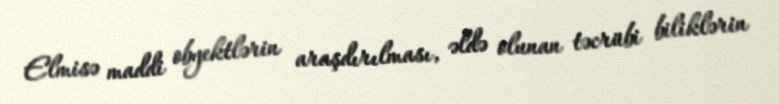
Elmisə maddi obyektlərin araşdırılması, əldə olunan təcrübi biliklərin